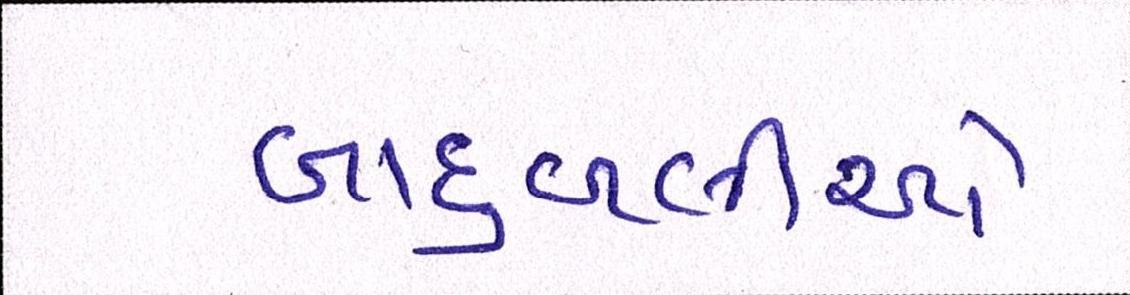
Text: બાદુબલીઓ